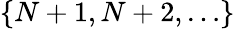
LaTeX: \{ N+1,N+2,\ldots\}